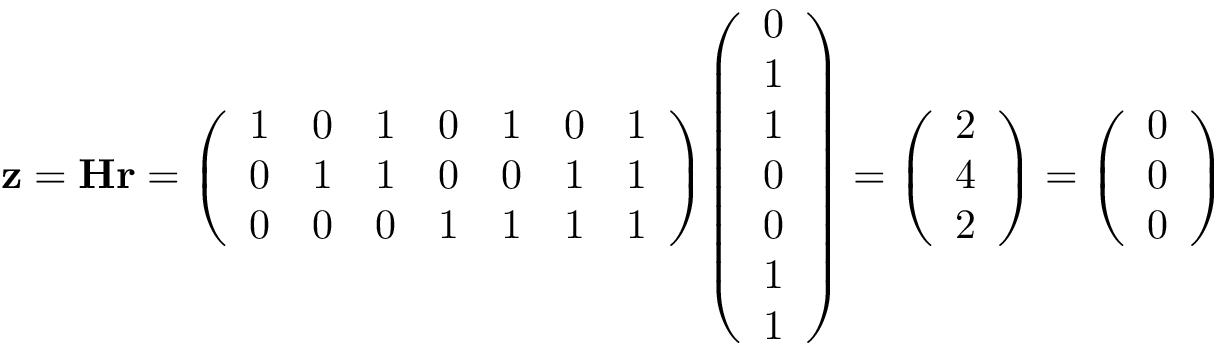
\mathbf { z } = \mathbf { H } \mathbf { r } = { \left( \begin{array} { l l l l l l l } { 1 } & { 0 } & { 1 } & { 0 } & { 1 } & { 0 } & { 1 } \\ { 0 } & { 1 } & { 1 } & { 0 } & { 0 } & { 1 } & { 1 } \\ { 0 } & { 0 } & { 0 } & { 1 } & { 1 } & { 1 } & { 1 } \end{array} \right) } { \left( \begin{array} { l } { 0 } \\ { 1 } \\ { 1 } \\ { 0 } \\ { 0 } \\ { 1 } \\ { 1 } \end{array} \right) } = { \left( \begin{array} { l } { 2 } \\ { 4 } \\ { 2 } \end{array} \right) } = { \left( \begin{array} { l } { 0 } \\ { 0 } \\ { 0 } \end{array} \right) }